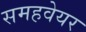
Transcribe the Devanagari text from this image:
समहवेयर